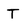
Character: T